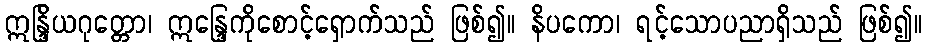
ဣန္ဒြိယဂုတ္တော၊ ဣန္ဒြေကိုစောင့်ရှောက်သည် ဖြစ်၍။ နိပကော၊ ရင့်သောပညာရှိသည် ဖြစ်၍။